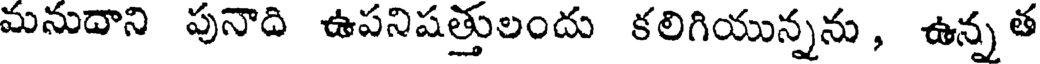
మనుదాని పునాది ఉపనిషత్తులందు కలిగియున్నను , ఉన్న త